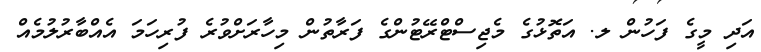
އަދި މީގެ ފަހުން ލ. އަތޮޅުގެ މެޖިސްޓްރޭޓުންގެ ފަރާތުން މިހާރަށްވުރެ ފުރިހަމަ އެއްބާރުލުމެއް